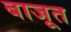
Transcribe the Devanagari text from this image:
बाजूत